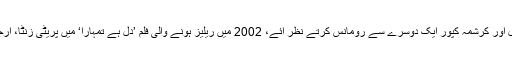
اسی سال ریلیز ہونے والی فلم ’ہم تومحبت کرے گا‘ میں بوبی دیول اور کرشمہ کپور ایک دوسرے سے رومانس کرتے نظر آئے، 2002 میں ریلیز ہونے والی فلم ’دل ہے تمہارا‘ میں پریٹی زنٹا، ارجن رامپال اور ماہیما چوہدری کے ٹرائی اینگل پیار کو دکھایا گیا۔